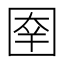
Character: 𰉑